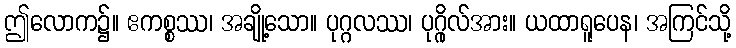
ဤလောက၌။ ဧကစ္စဿ၊ အချို့သော။ ပုဂ္ဂလဿ၊ ပုဂ္ဂိုလ်အား။ ယထာရူပေန၊ အကြင်သို့